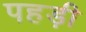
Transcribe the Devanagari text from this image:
पहड़ी